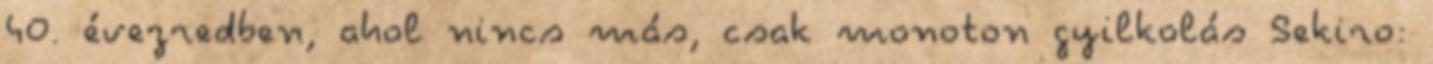
40. évezredben, ahol nincs más, csak monoton gyilkolás Sekiro: